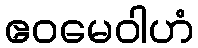
ဧဝမေဝါဟံ